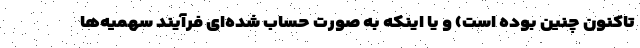
تاکنون چنین بوده است) و یا اینکه به صورت حساب شده‌ای فرآیند سهمیه‌ها